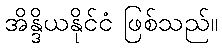
အိန္ဒိယနိုင်ငံ ဖြစ်သည်။